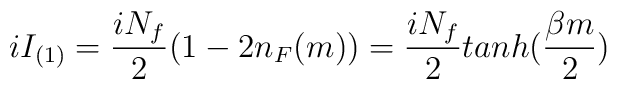
iI_{(1)}=\frac{iN_{f}}{2}(1-2n_F(m))=\frac{iN_{f}}{2} tanh(\frac{\beta m}{2})